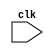
module synchronous_logic_block (
    input wire clk,
    // other input and output ports here
);

reg [7:0] counter = 8'h00;

always @(posedge clk) begin
    // Perform specific actions here
    counter <= counter + 1; // Example of incrementing a counter on each clock edge
end

endmodule